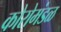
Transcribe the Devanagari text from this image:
कोरोमंडळ